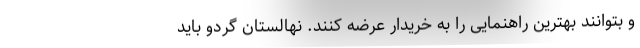
و بتوانند بهترین راهنمایی را به خریدار عرضه کنند. نهالستان گردو باید